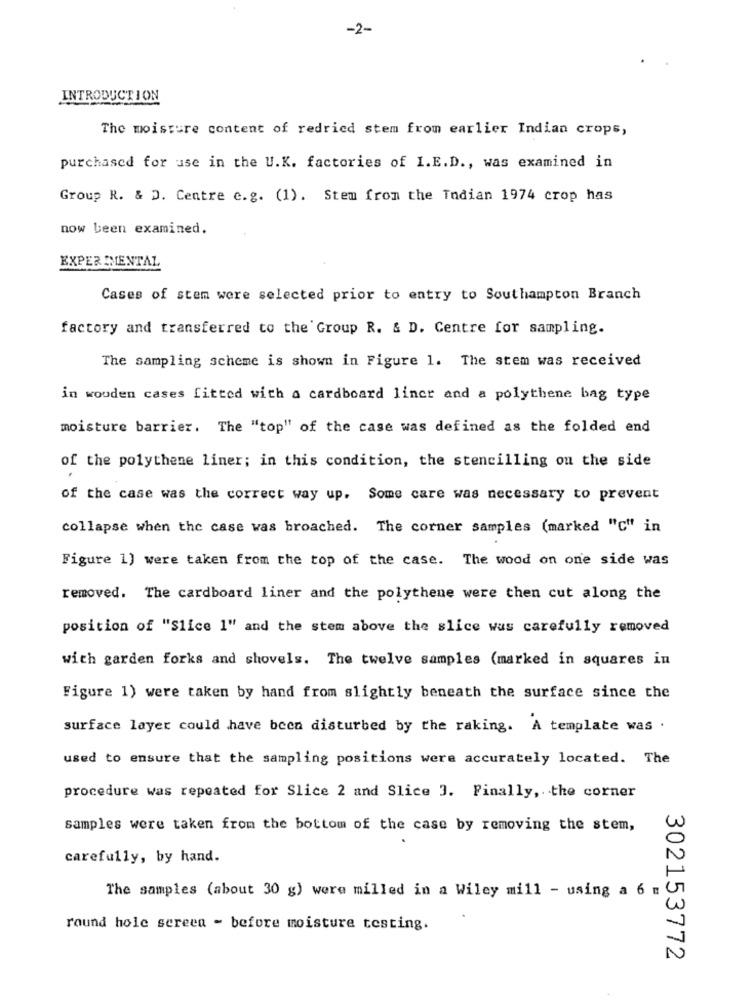
-2-
INTRODUCTION
The moisture content of redried stem from earlier Indian crops,
purchased for use in the U.K. factories of I.E.D ., was examined in
Group R. & D. Centre e.g. (1). Stem from the Indian 1974 crop has
now been examined.
EXPERIMENTAL
Cases of stem were selected prior to entry to Southampton Branch
factory and transferred to the Group R. & D. Centre for sampling.
The sampling scheme is shown in Figure 1. The stem was received
in wouden cases fitted with a cardboard liner and a polythene bag type
moisture barrier. The "top" of the case was defined as the folded end
of the polythene liner; in this condition, the stencilling on the side
of the case was the correct way up. Some care was necessary to prevent
collapse when the case was broached. The corner samples (marked "c" in
Figure 1) were taken from the top of the case. The wood on one side was
removed. The cardboard liner and the polythene were then cut along the
position of "Slice 1" and the stem above the slice was carefully removed
with garden forks and shovels. The twelve samples (marked in squares in
Figure 1) were taken by hand from slightly beneath the surface since the
surface layer could have been disturbed by the raking. A template was .
used to ensure that the sampling positions were accurately located. The
procedure was repeated for Slice 2 and Slice 3. Finally ,. the corner
samples were taken from the bottom of the case by removing the stem,
carefully, by hand.
The samples (about 30 g) were milled in a Wiley mill - using a 6 m
round hole screen - before moisture testing.
302153772